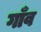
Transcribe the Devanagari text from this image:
गाँँव